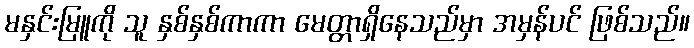
မနှင်းမြူကို သူ နှစ်နှစ်ကာကာ မေတ္တာရှိနေသည်မှာ အမှန်ပင် ဖြစ်သည်။